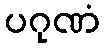
ပဂုဏံ